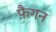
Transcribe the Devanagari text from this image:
फ़ैगन